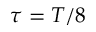
\tau = T / 8